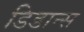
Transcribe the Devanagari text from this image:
डिडान्स